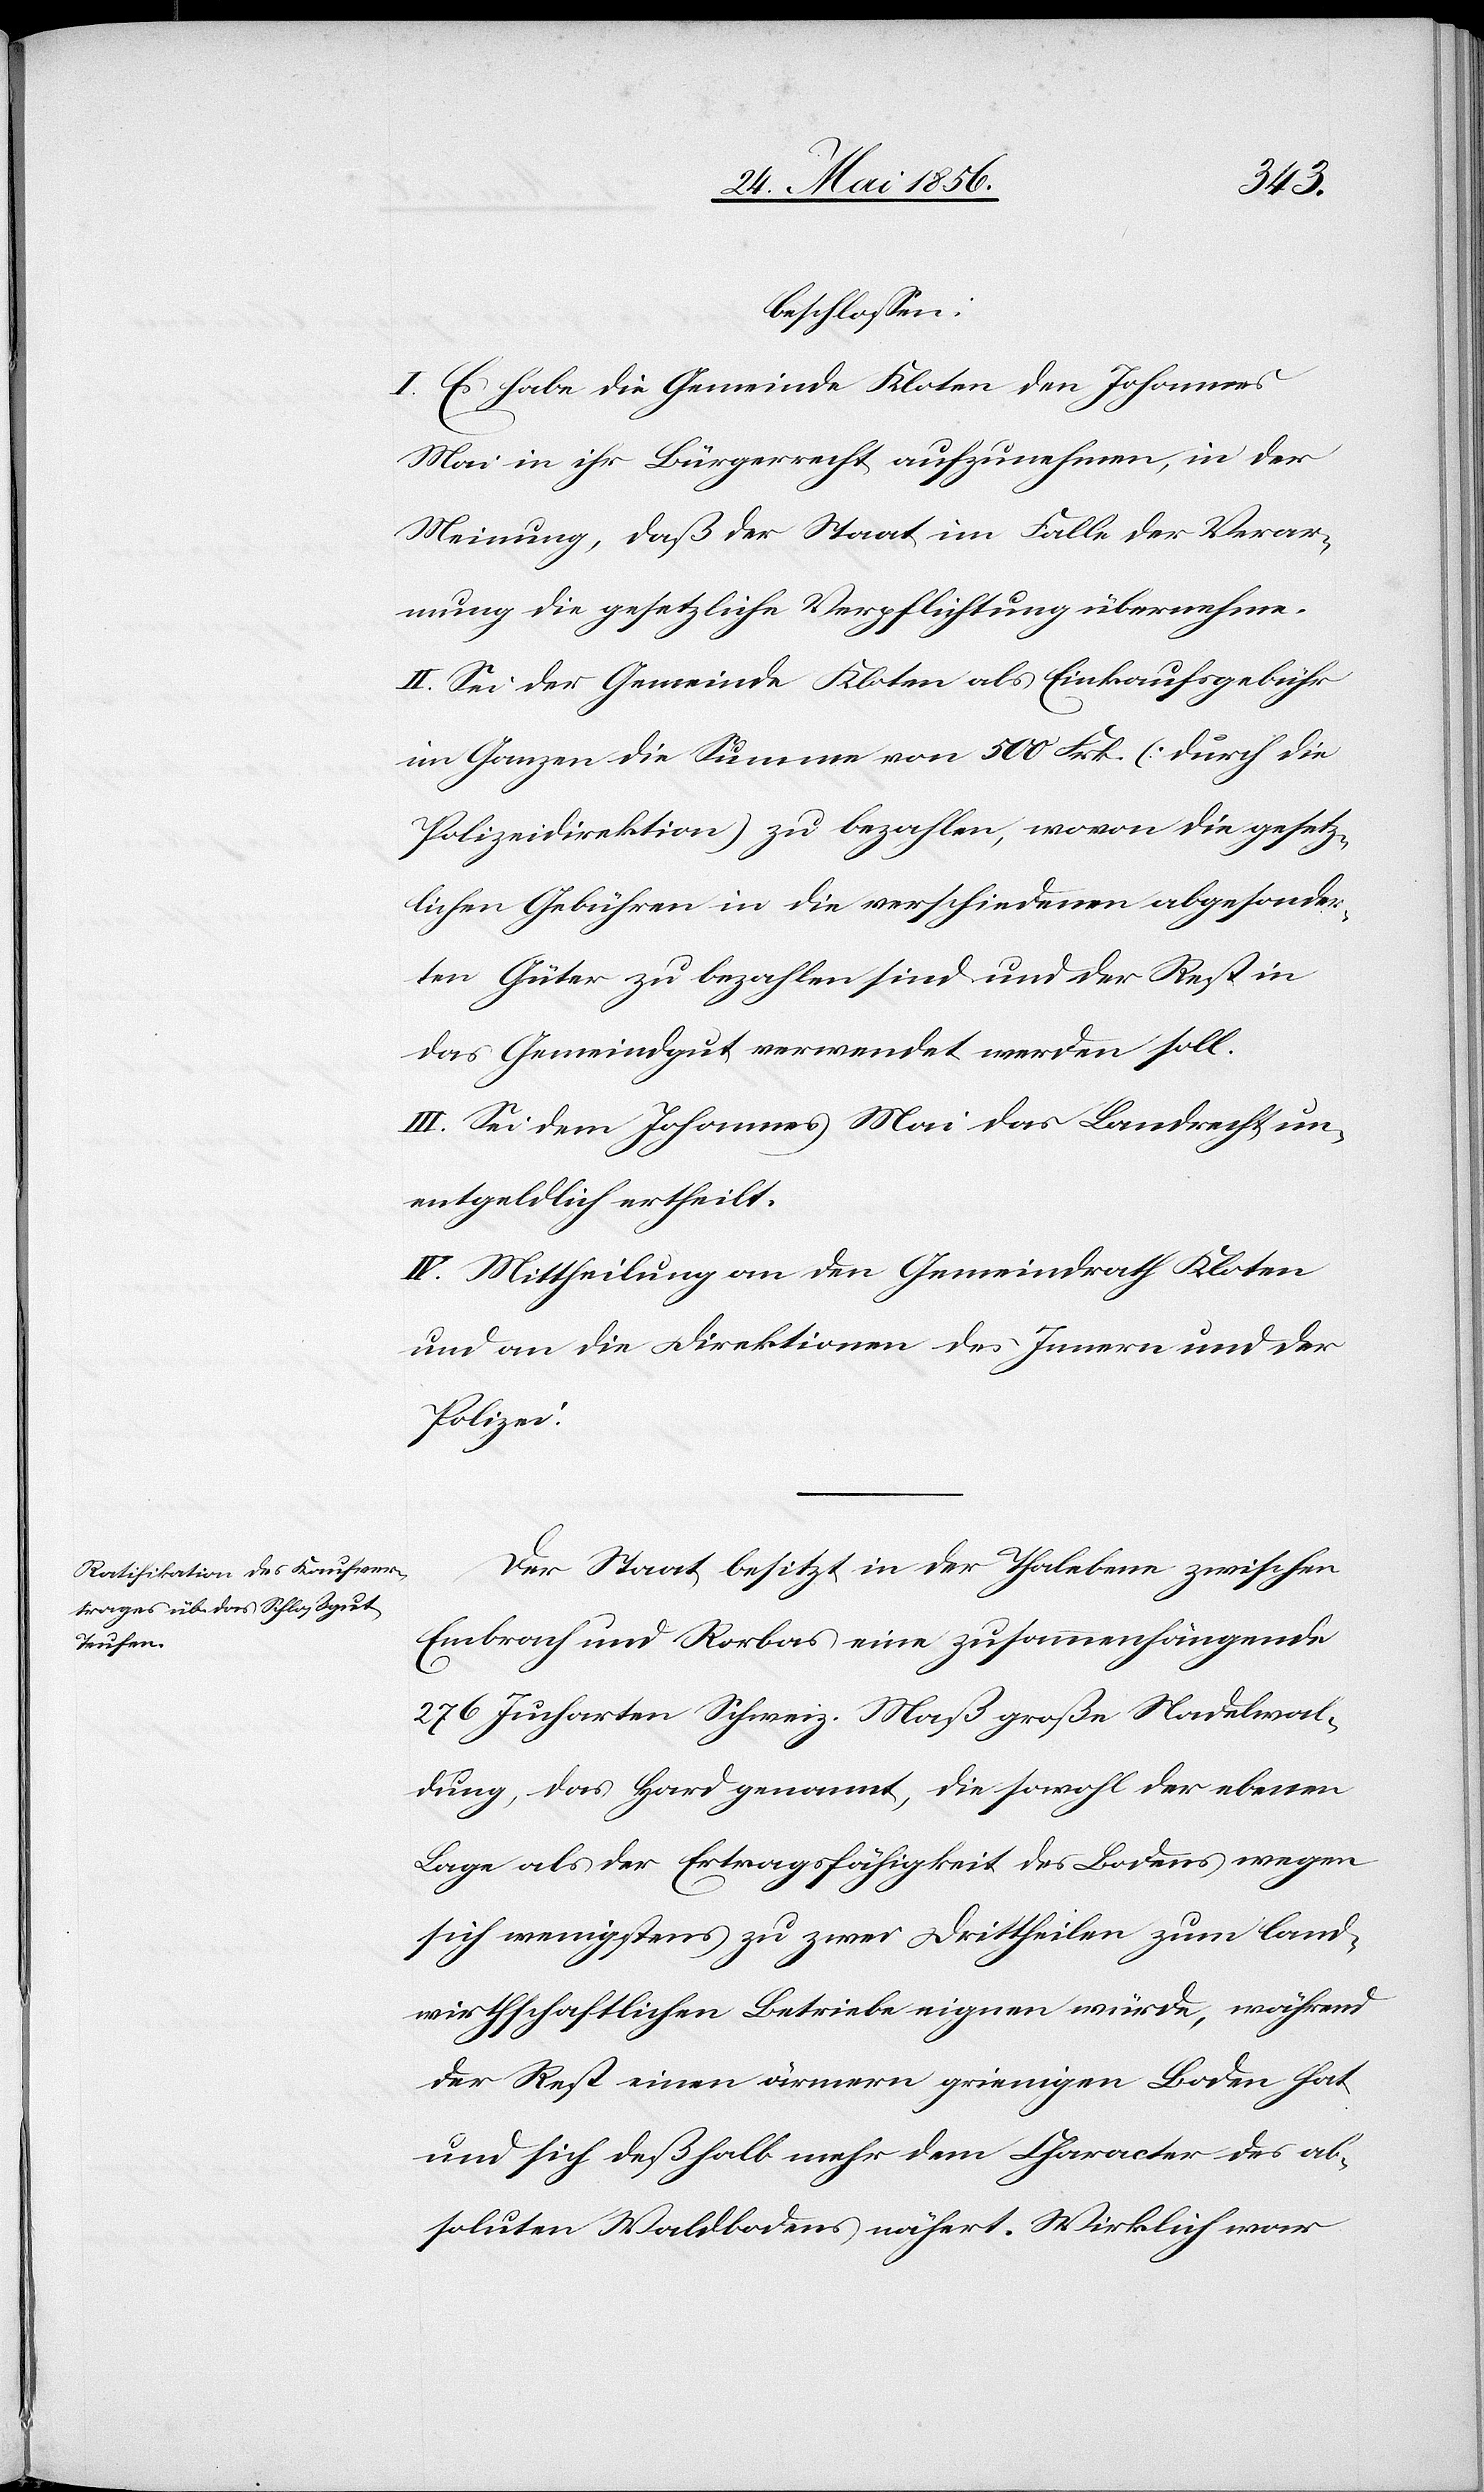
beschlossen:
I. Es habe die Gemeinde Kloten den Johannes
Mai in ihr Bürgerrecht aufzunehmen, in der
Meinung, daß der Staat im Falle der Verar¬
mung die gesetzliche Verpflichtung übernehme.
II. Sei der Gemeinde Kloten als Einkaufsgebühr
im Ganzen die Summe von 500 Frk. (durch die
Polizeidirektion) zu bezahlen, wovon die gesetz¬
lichen Gebühren in die verschiedenen abgesonder¬
ten Güter zu bezahlen sind und der Rest in
das Gemeindgut verwendet werden soll.
III. Sei dem Johannes Mai das Landrecht un¬
entgeldlich ertheilt.
IV. Mittheilung an den Gemeindrath Kloten
und an die Direktionen des Innern und der
Polizei.
Der Staat besitzt in der Thalebene zwischen
Embrach und Rorbas eine zusammenhängende
276 Jucharten Schweiz. Maß große Nadelwal¬
dung, das Hard genannt, die sowohl der ebenen
Lage als der Ertragsfähigkeit des Bodens wegen
sich wenigstens zu zwei Drittheilen zum land¬
wirthschaftlichen Betriebe eignen würde, während
der Rest einen ärmern grienigen Boden hat
und sich deßhalb mehr dem Character des ab¬
soluten Waldbodens nähert. Wirklich war